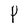
Character: P